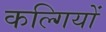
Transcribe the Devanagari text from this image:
कल्गियों